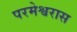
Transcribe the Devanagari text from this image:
परमेश्वरास